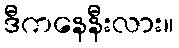
ဒီကနေနီးလား။